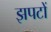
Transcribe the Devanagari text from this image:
झपटों